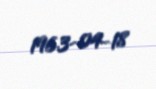
1963-04-18